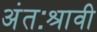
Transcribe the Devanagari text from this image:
अंतःश्रावी